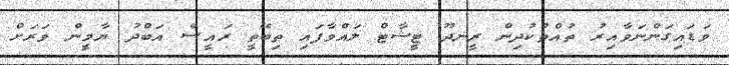
ވަޑައިގަންނަވާއިރު ތުއްތުކުދިން ރީނދޫ ޓީޝާޓް ލައްވާފައި ތިބޭތީ ރައީސް އަބްދު ޔާމީން ވަރަށް